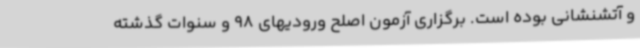
و آتشنشانی بوده است. برگزاری آزمون اصلح ورودیهای 98 و سنوات گذشته